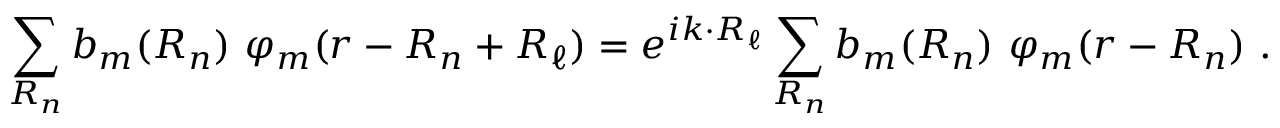
\sum _ { \boldsymbol { R _ { n } } } b _ { m } ( { \boldsymbol { R _ { n } } } ) \ \varphi _ { m } ( { \boldsymbol { r - R _ { n } + R _ { \ell } } } ) = e ^ { i { \boldsymbol { k \cdot R _ { \ell } } } } \sum _ { \boldsymbol { R _ { n } } } b _ { m } ( { \boldsymbol { R _ { n } } } ) \ \varphi _ { m } ( { \boldsymbol { r - R _ { n } } } ) \ .